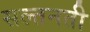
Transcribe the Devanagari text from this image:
सल्तनती